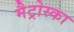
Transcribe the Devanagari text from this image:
मैट्रोस्का